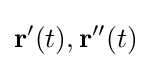
\mathbf {r'} (t),\mathbf {r''} (t)